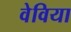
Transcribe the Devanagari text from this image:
वेविया